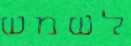
לשמש